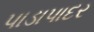
પાડાપાદર